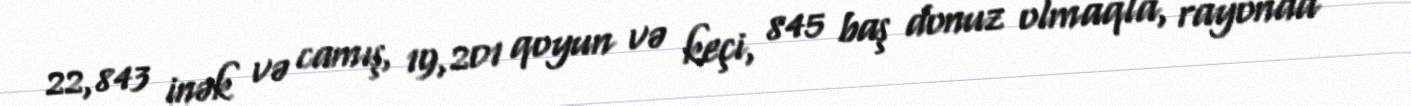
22,843 inək və camış, 19,201 qoyun və keçi, 845 baş donuz olmaqla, rayonda